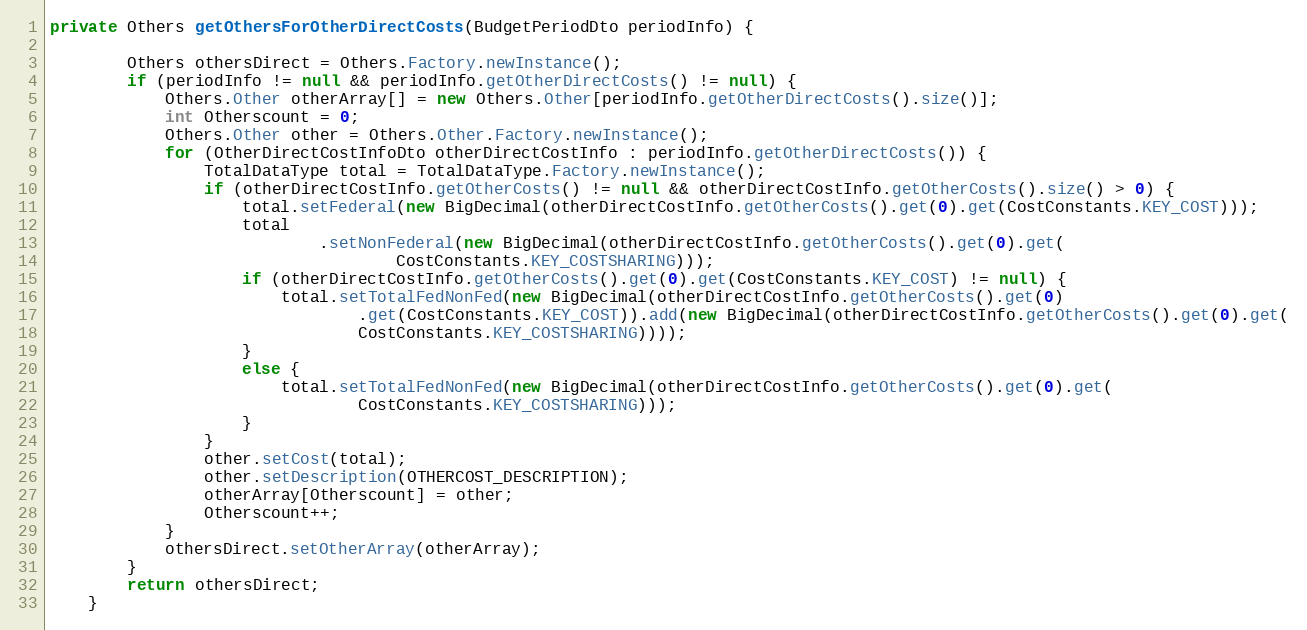
Language: Java
private Others getOthersForOtherDirectCosts(BudgetPeriodDto periodInfo) {

        Others othersDirect = Others.Factory.newInstance();
        if (periodInfo != null && periodInfo.getOtherDirectCosts() != null) {
            Others.Other otherArray[] = new Others.Other[periodInfo.getOtherDirectCosts().size()];
            int Otherscount = 0;
            Others.Other other = Others.Other.Factory.newInstance();
            for (OtherDirectCostInfoDto otherDirectCostInfo : periodInfo.getOtherDirectCosts()) {
                TotalDataType total = TotalDataType.Factory.newInstance();
                if (otherDirectCostInfo.getOtherCosts() != null && otherDirectCostInfo.getOtherCosts().size() > 0) {
                    total.setFederal(new BigDecimal(otherDirectCostInfo.getOtherCosts().get(0).get(CostConstants.KEY_COST)));
                    total
                            .setNonFederal(new BigDecimal(otherDirectCostInfo.getOtherCosts().get(0).get(
                                    CostConstants.KEY_COSTSHARING)));
                    if (otherDirectCostInfo.getOtherCosts().get(0).get(CostConstants.KEY_COST) != null) {
                        total.setTotalFedNonFed(new BigDecimal(otherDirectCostInfo.getOtherCosts().get(0)
                                .get(CostConstants.KEY_COST)).add(new BigDecimal(otherDirectCostInfo.getOtherCosts().get(0).get(
                                CostConstants.KEY_COSTSHARING))));
                    }
                    else {
                        total.setTotalFedNonFed(new BigDecimal(otherDirectCostInfo.getOtherCosts().get(0).get(
                                CostConstants.KEY_COSTSHARING)));
                    }
                }
                other.setCost(total);
                other.setDescription(OTHERCOST_DESCRIPTION);
                otherArray[Otherscount] = other;
                Otherscount++;
            }
            othersDirect.setOtherArray(otherArray);
        }
        return othersDirect;
    }